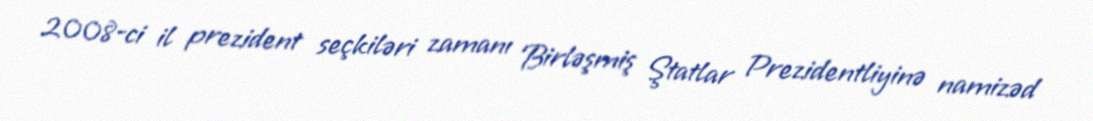
2008-ci il prezident seçkiləri zamanı Birləşmiş Ştatlar Prezidentliyinə namizəd